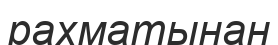
рахматынан